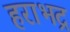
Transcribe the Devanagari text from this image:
हराभद्र